Annual report of the Punjab Veterinary College and of the Civil Veterinary Department, Punjab - 1909-1919
Year: 1909
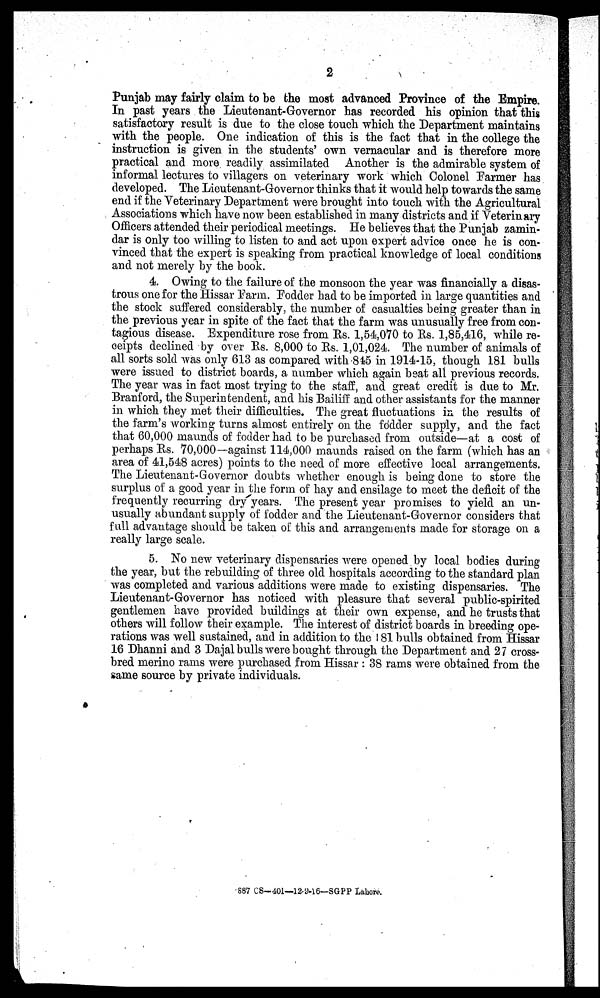
2
Punjab may fairly claim to be the most advanced Province of the Empire.
In past years the Lieutenant-Governor has recorded his opinion that this
satisfactory result is due to the close touch which the Department maintains
with the people. One indication of this is the fact that in the college the
instruction is given in the students' own vernacular and is therefore more
practical and more readily assimilated Another is the admirable system of
informal lectures to villagers on veterinary work which Colonel Farmer has
developed. The Lieutenant-Governor thinks that it would help towards the same
end if the Veterinary Department were brought into touch with the Agricultural
Associations which have now been established in many districts and if Veterinary
Officers attended their periodical meetings. He believes that the Punjab zamin-
dar is only too willing to listen to and act upon expert advice once he is con-
vinced that the expert is speaking from practical knowledge of local conditions
and not merely by the book.
4. Owing to the failure of the monsoon the year was financially a disas-
trous one for the Hissar Farm. Fodder had to be imported in large quantities and
the stock suffered considerably, the number of casualties being greater than in
the previous year in spite of the fact that the farm was unusually free from con-
tagious disease. Expenditure rose from Rs. 1,54,070 to Rs. 1,85,416, while re-
ceipts declined by over Rs. 8,000 to Rs. 1,01,024. The number of animals of
all sorts sold was only 613 as compared with 845 in 1914-15, though 181 bulls
were issued to district boards, a number which again beat all previous records.
The year was in fact most trying to the staff, and great credit is due to Mr.
Branford, the Superintendent, and his Bailiff and other assistants for the manner
in which they met their difficulties. The great fluctuations in the results of
the farm's working turns almost entirely on the fodder supply, and the fact
that 60,000 maunds of fodder had to be purchased from outside—at a cost of
perhaps Rs. 70,000 —against 114,000 maunds raised on the farm (which has an
area of 41,548 acres) points to the need of more effective local arrangements.
The Lieutenant-Governor doubts whether enough is being done to store the
surplus of a good year in the form of hay and ensilage to meet the deficit of the
frequently recurring dry years. The present year promises to yield an un-
usually abundant supply of fodder and the Lieutenant-Governor considers that
full advantage should be taken of this and arrangements made for storage on a
really large scale.
5. No new veterinary dispensaries were opened by local bodies during
the year, but the rebuilding of three old hospitals according to the standard plan
was completed and various additions were made to existing dispensaries. The
Lieutenant-Governor has noticed with pleasure that several public-spirited
gentlemen have provided buildings at their own expense, and he trusts that
others will follow their example. The interest of district boards in breeding ope-
rations was well sustained, and in addition to the 181 bulls obtained from Hissar
16 Dhanni and 3 Dajal bulls were bought through the Department and 27 cross-
bred merino rams were purchased from Hissar: 38 rams were obtained from the
same source by private individuals.
887 CS-401—12-9-16—SGPP Lahore.